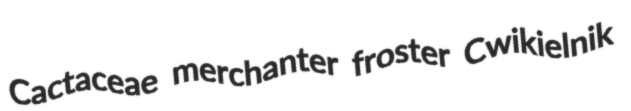
Cactaceae merchanter froster Cwikielnik